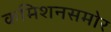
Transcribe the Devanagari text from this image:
कमिशनसमोर